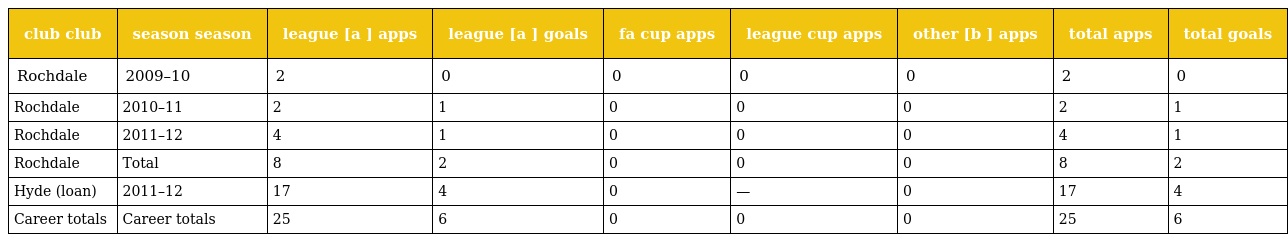
| club club | season season | league [a ] apps | league [a ] goals | fa cup apps | league cup apps | other [b ] apps | total apps | total goals |
 | --- | --- | --- | --- | --- | --- | --- | --- | --- |
 | Rochdale | 2009–10 | 2 | 0 | 0 | 0 | 0 | 2 | 0 |
 | Rochdale | 2010–11 | 2 | 1 | 0 | 0 | 0 | 2 | 1 |
 | Rochdale | 2011–12 | 4 | 1 | 0 | 0 | 0 | 4 | 1 |
 | Rochdale | Total | 8 | 2 | 0 | 0 | 0 | 8 | 2 |
 | Hyde (loan) | 2011–12 | 17 | 4 | 0 | — | 0 | 17 | 4 |
 | Career totals | Career totals | 25 | 6 | 0 | 0 | 0 | 25 | 6 |